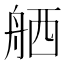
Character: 舾